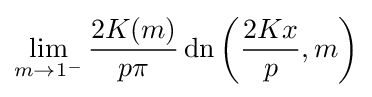
\lim _{m\rightarrow 1^{-}}{\frac {2K(m)}{p\pi }}\operatorname {dn} \left({\frac {2Kx}{p}},m\right)